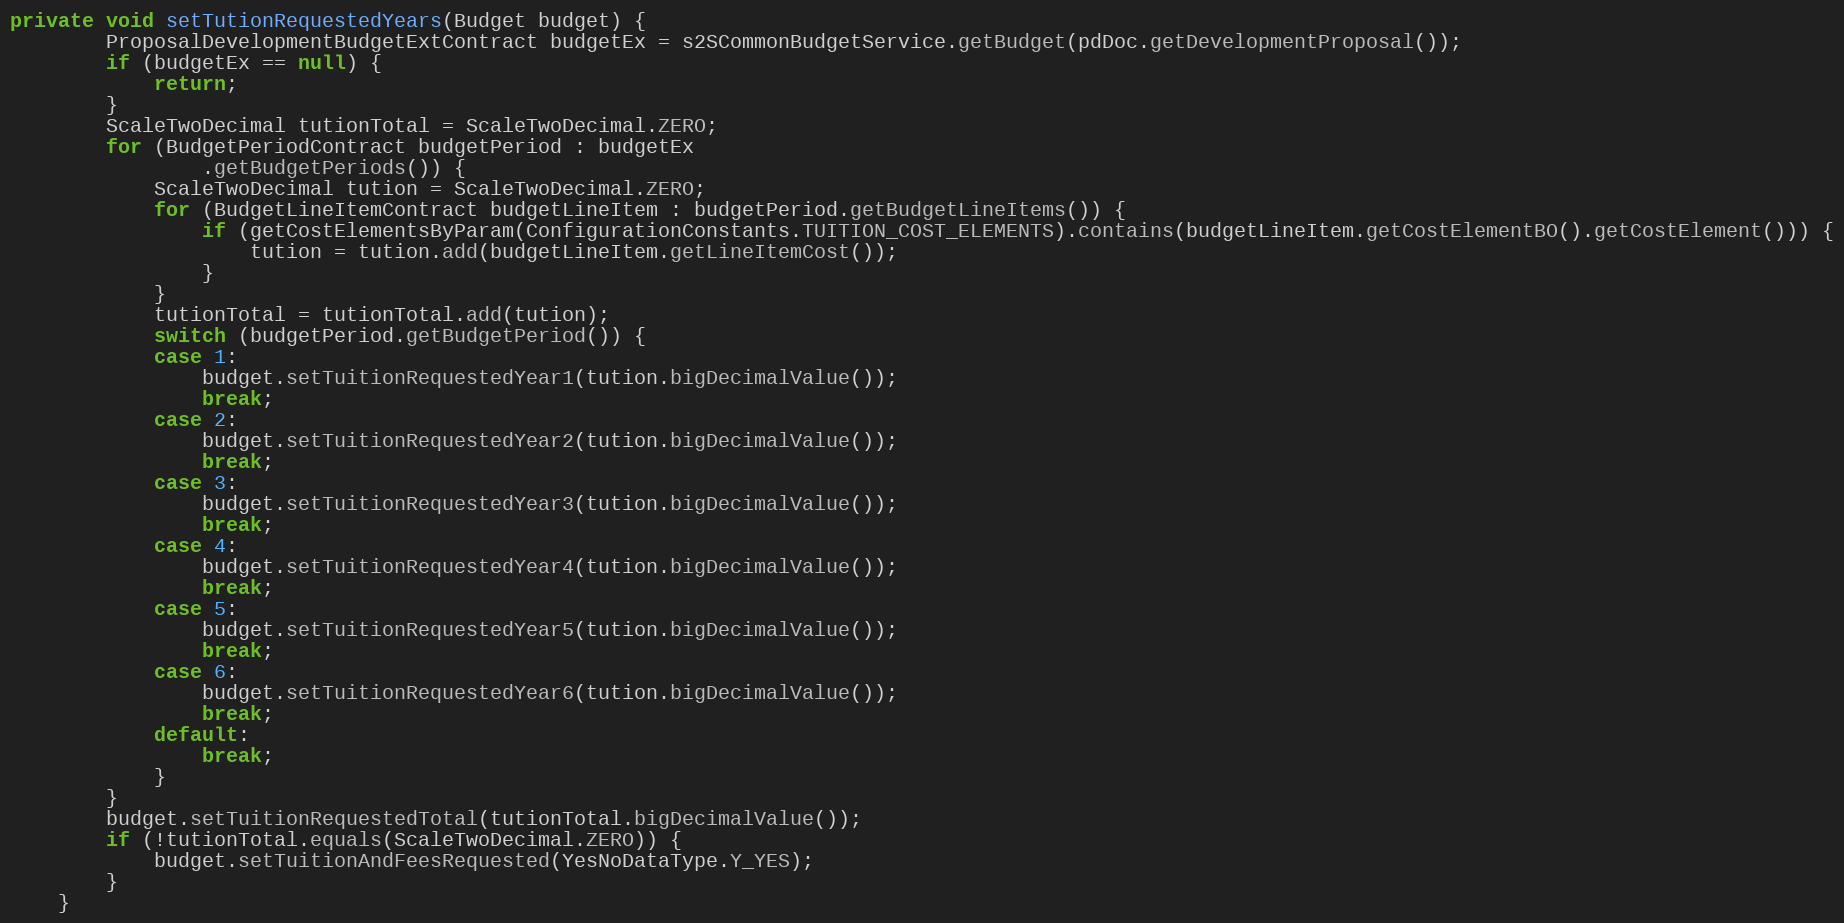
Language: Java
private void setTutionRequestedYears(Budget budget) {
        ProposalDevelopmentBudgetExtContract budgetEx = s2SCommonBudgetService.getBudget(pdDoc.getDevelopmentProposal());
		if (budgetEx == null) {
			return;
		}
		ScaleTwoDecimal tutionTotal = ScaleTwoDecimal.ZERO;
		for (BudgetPeriodContract budgetPeriod : budgetEx
				.getBudgetPeriods()) {
			ScaleTwoDecimal tution = ScaleTwoDecimal.ZERO;
			for (BudgetLineItemContract budgetLineItem : budgetPeriod.getBudgetLineItems()) {
				if (getCostElementsByParam(ConfigurationConstants.TUITION_COST_ELEMENTS).contains(budgetLineItem.getCostElementBO().getCostElement())) {
					tution = tution.add(budgetLineItem.getLineItemCost());
				}
			}
			tutionTotal = tutionTotal.add(tution);
			switch (budgetPeriod.getBudgetPeriod()) {
			case 1:
				budget.setTuitionRequestedYear1(tution.bigDecimalValue());
				break;
			case 2:
				budget.setTuitionRequestedYear2(tution.bigDecimalValue());
				break;
			case 3:
				budget.setTuitionRequestedYear3(tution.bigDecimalValue());
				break;
			case 4:
				budget.setTuitionRequestedYear4(tution.bigDecimalValue());
				break;
			case 5:
				budget.setTuitionRequestedYear5(tution.bigDecimalValue());
				break;
			case 6:
				budget.setTuitionRequestedYear6(tution.bigDecimalValue());
				break;
			default:
				break;
			}
		}
		budget.setTuitionRequestedTotal(tutionTotal.bigDecimalValue());
		if (!tutionTotal.equals(ScaleTwoDecimal.ZERO)) {
			budget.setTuitionAndFeesRequested(YesNoDataType.Y_YES);
		}
	}